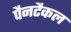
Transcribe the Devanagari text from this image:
पैनटैकल